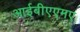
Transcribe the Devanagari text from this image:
आईबीएएमए